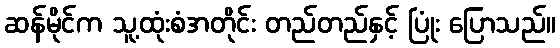
ဆန်မိုင်က သူ့ထုံးစံအတိုင်း တည်တည်နှင့် ပြုံး ပြောသည်။